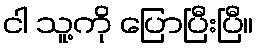
ငါ သူ့ကို ပြောပြီးပြီ။